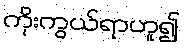
ကိုးကွယ်ရာဟူ၍